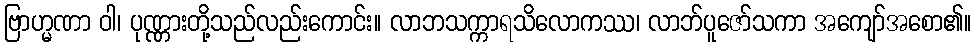
ဗြာဟ္မဏာ ဝါ၊ ပုဏ္ဏားတို့သည်လည်းကောင်း။ လာဘသက္ကာရသိလောကဿ၊ လာဘ်ပူဇော်သကာ အကျော်အစော၏။